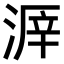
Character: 𣸒